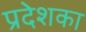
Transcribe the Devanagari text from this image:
प्रदेशका